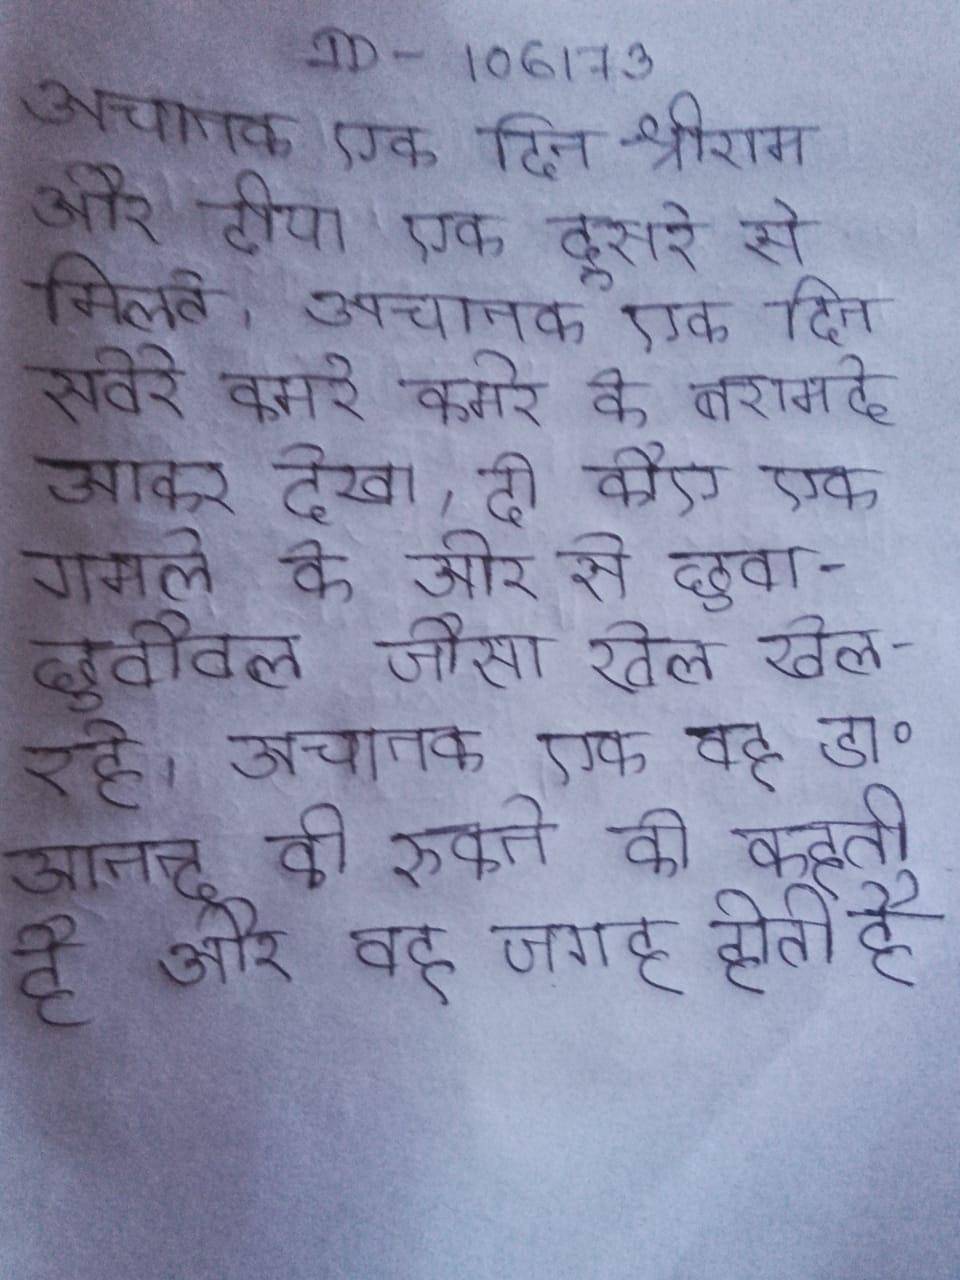
अचानक एक दिन श्रीराम और दीया एक दूसरे से मिलते । अचानक एक दिन सवेरे कमरे के बरामदे आकर देखा, दो कौए एक गमले के ओर से छुवा-छुवौवल जैसा खेल खेल रहे । अचानक एक अचानक एक वीरान जगह पर वह डा॰ आनन्द को रुकने को कहती है और वह जगह होती है ।